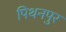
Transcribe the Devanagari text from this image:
पिथनपुर